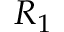
R _ { 1 }